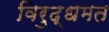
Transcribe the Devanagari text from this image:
विरुद्धमत